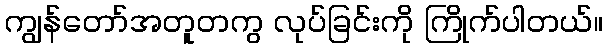
ကျွန်တော်အတူတကွ လုပ်ခြင်းကို ကြိုက်ပါတယ်။